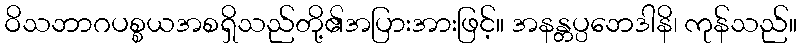
ဝိသဘာဂပစ္စယအစရှိသည်တို့၏အပြားအားဖြင့်။ အနန္တပ္ပဘေဒါနိ၊ ကုန်သည်။